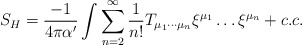
\begin{align*}S_H = \frac{-1}{4\pi\alpha'} \int\sum^{\infty}_{n=2} \frac{1}{n!}T_{\mu_1 \cdots \mu_n} \xi^{\mu_1} \ldots\xi^{\mu_n} + c.c.\end{align*}